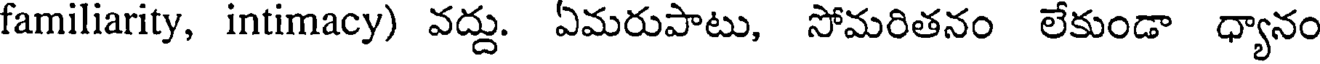
familiarity, intimacy) వద్దు. ఏమరుపాటు, సోమరితనం లేకుండా ధ్యానం